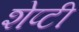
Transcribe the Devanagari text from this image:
शेप्टी